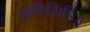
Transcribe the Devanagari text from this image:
आर्किमिडिज